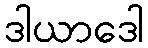
ဒါယာဒေါ